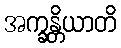
အက္ခန္တိယာတိ